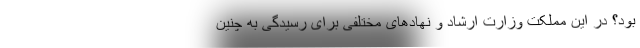
بود؟ در این مملکت وزارت ارشاد و نهادهای مختلفی برای رسیدگی به چنین